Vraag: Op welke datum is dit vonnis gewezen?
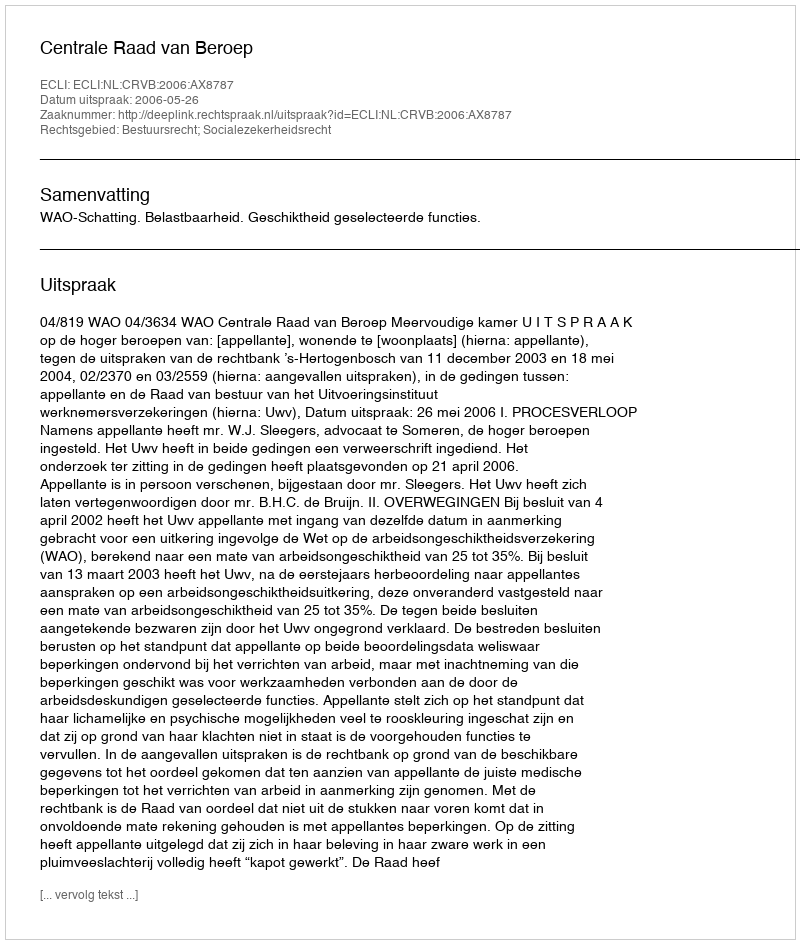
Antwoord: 2006-05-26